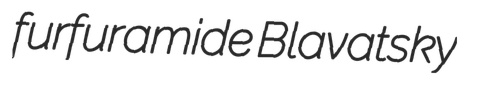
furfuramide Blavatsky